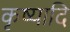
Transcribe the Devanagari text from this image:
कृष्यादि